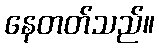
နေတတ်သည်။